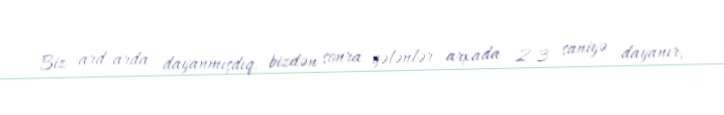
Biz ard-arda dayanmışdıq, bizdən sonra gələnlər arxada 2-3 saniyə dayanır,